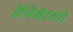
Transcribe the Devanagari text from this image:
रेजिमेंटमधे